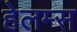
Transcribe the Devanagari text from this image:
हेलम्स